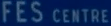
FES CENTRE